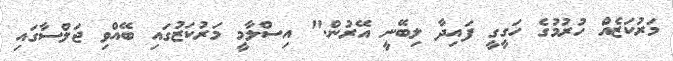
މަރުކަޒެއް ހުރުމުގެ ހަގީގީ ފައިދާ ލިބޭނީ އޭރުން." އިސްލާމީ މަރުކަޒުގައި ބޭއްވި ޖަލްސާގައި